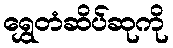
ရွှေတံဆိပ်ဆုကို